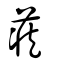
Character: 藏